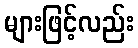
များဖြင့်လည်း